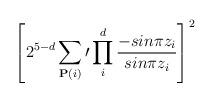
LaTeX: \begin{align*}\left[2^{5-d}\sum_{{\bf P}(i)}\prime \prod^d_i {-sin\pi z_i \over sin \pi z_i}\right]^2\end{align*}